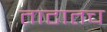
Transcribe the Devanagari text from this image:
ताटातच